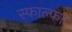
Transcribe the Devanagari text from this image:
स्फाल्फा